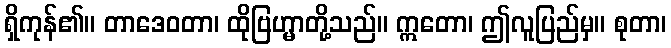
ရှိကုန်၏။ တာဒေဝတာ၊ ထိုဗြဟ္မာတို့သည်။ ဣတော၊ ဤလူပြည်မှ။ စုတာ၊